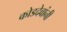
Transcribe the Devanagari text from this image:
कोडदेवांनी